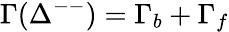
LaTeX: \Gamma(\Delta^{--})=\Gamma_{b}+\Gamma_{f}